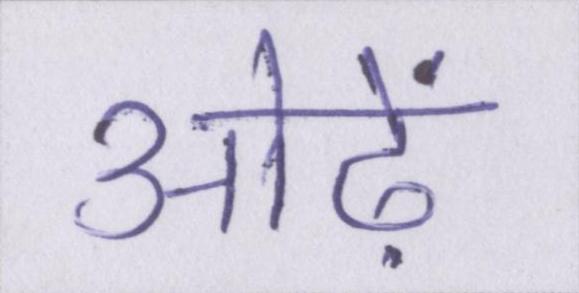
ओढ़ें